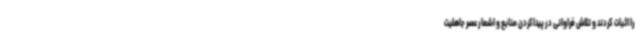
را اثبات کردند و تلاش فراوانی در پیداکردن منابع و اشعار عصر جاهلیت